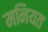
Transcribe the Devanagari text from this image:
मनियत